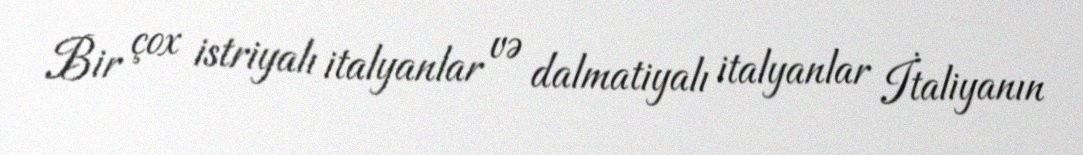
Bir çox istriyalı italyanlar və dalmatiyalı italyanlar İtaliyanın